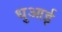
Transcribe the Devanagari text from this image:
धुआई